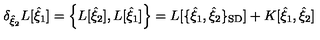
\delta _ { { \hat { \xi } } _ { 2 } } L [ { \hat { \xi } } _ { 1 } ] = \left\{ L [ { \hat { \xi } } _ { 2 } ] , L [ { \hat { \xi } } _ { 1 } ] \right\} = L [ \{ { \hat { \xi } } _ { 1 } , { \hat { \xi } } _ { 2 } \} _ { \mathrm { \scriptsize S D } } ] + K [ { \hat { \xi } } _ { 1 } , { \hat { \xi } } _ { 2 } ]